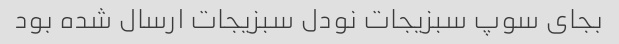
بجای سوپ سبزیجات نودل سبزیجات ارسال شده بود